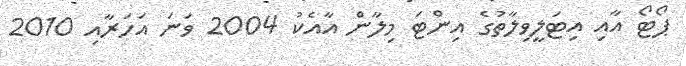
ޕޯޓޯ އާއި އިޓަލީވިލާތުގެ އިންޓަ މިލާން އާއެކު 2004 ވަނަ އަހަރާއި 2010